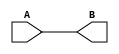
//this is the design file
module hello(A,B);
    input A;
    output B;
    assign B=A;
endmodule